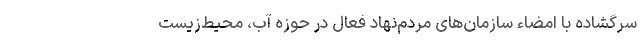
سرگشاده با امضاء سازمان‌های مردم‌نهاد فعال در حوزه‌ آب، محیط‌زیست